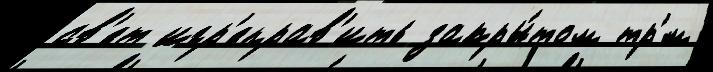
св'ет игр'еправ'ить закры́том тр'́м